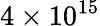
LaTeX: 4\times 10^{15}